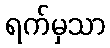
ရက်မှသာ